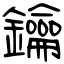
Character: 鑰